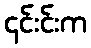
၎င်းင်းက